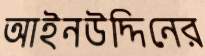
আইনউদ্দিনের